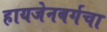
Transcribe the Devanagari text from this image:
हायजेनबर्गचा